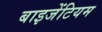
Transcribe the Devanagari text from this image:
बाइजेंटियम